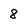
Character: 8